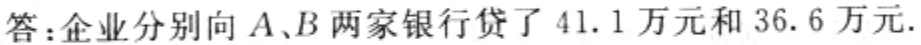
答：企业分别向\(A、B\)两家银行贷了\(41.1\)万元和\(36.6\)万元.